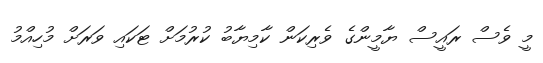
މީ ވެސް ރައީސް ޔާމީންގެ ވެރިކަން ކާމިޔާބު ކުރުމަށް ޓަކައި ވަރަށް މުހިއްމު